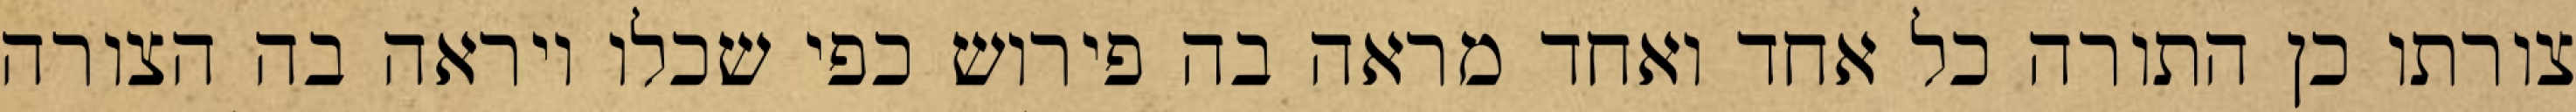
צורתו כן התורה כל אחד ואחד מראה בה פירוש כפי שכלו ויראה בה הצורה